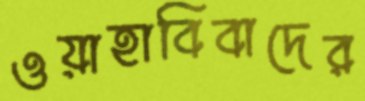
ওয়াহাবিবাদের